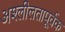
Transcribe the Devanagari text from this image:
अश्लीलतापूर्वक